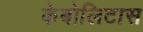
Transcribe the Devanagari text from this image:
केबोलिटास